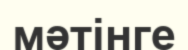
мәтінге